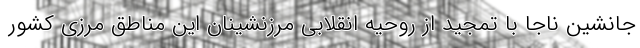
جانشین ناجا با تمجید از روحیه انقلابی مرزنشینان این مناطق مرزی کشور